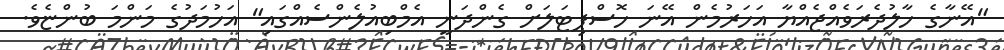
"އޭނާގެ ހާލުދެރަވެއްޖެއްޔާ އަހަރުމެން އޭނަ ހޮސްޕިޓަލަށް ގެންދަނީ އެމްބިއުލެންސެއްގައި" އަހުމަދުގެ މަންމަ ބުންޏެވެ.